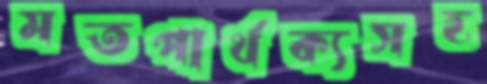
মতপার্থক্যসহ